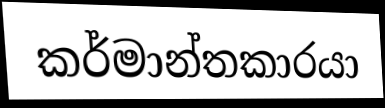
කර්මාන්තකාරයා